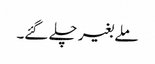
ملے بغیر چلے گئے۔